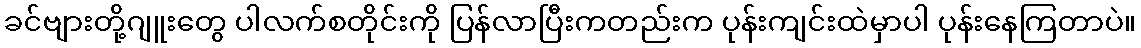
ခင်ဗျားတို့ဂျူးတွေ ပါလက်စတိုင်းကို ပြန်လာပြီးကတည်းက ပုန်းကျင်းထဲမှာပါ ပုန်းနေကြတာပဲ။